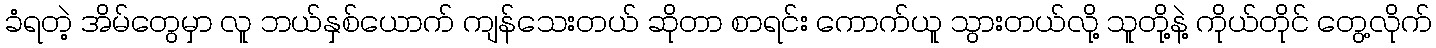
ခံရတဲ့ အိမ်တွေမှာ လူ ဘယ်နှစ်ယောက် ကျန်သေးတယ် ဆိုတာ စာရင်း ကောက်ယူ သွားတယ်လို့ သူတို့နဲ့ ကိုယ်တိုင် တွေ့လိုက်